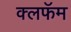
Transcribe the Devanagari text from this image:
क्लफॅम